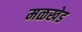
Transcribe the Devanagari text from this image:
मळखेड